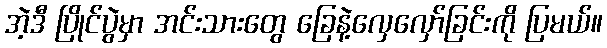
အဲ့ဒီ ပြိုင်ပွဲမှာ အင်းသားတွေ ခြေနဲ့လှေလှော်ခြင်းကို ပြမယ်။